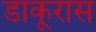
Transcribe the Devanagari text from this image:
डाकूरास